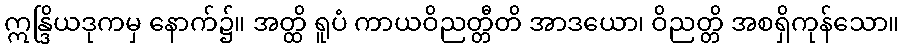
ဣန္ဒြိယဒုကမှ နောက်၌။ အတ္ထိ ရူပံ ကာယဝိညတ္တီတိ အာဒယော၊ ဝိညတ္တိ အစရှိကုန်သော။